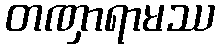
တဏှာရာမဿ